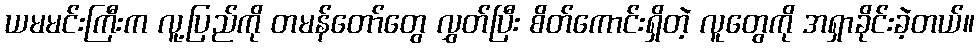
ယမမင်းကြီးက လူ့ပြည်ကို တမန်တော်တွေ လွှတ်ပြီး စိတ်ကောင်းရှိတဲ့ လူတွေကို အရှာခိုင်းခဲ့တယ်။